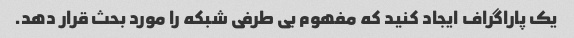
یک پاراگراف ایجاد کنید که مفهوم بی طرفی شبکه را مورد بحث قرار دهد.